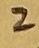
Text: 2